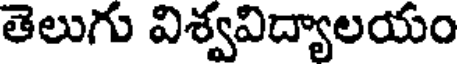
తెలుగు విశ్వవిద్యాలయం